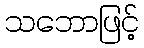
သဘောဖြင့်